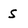
Character: S